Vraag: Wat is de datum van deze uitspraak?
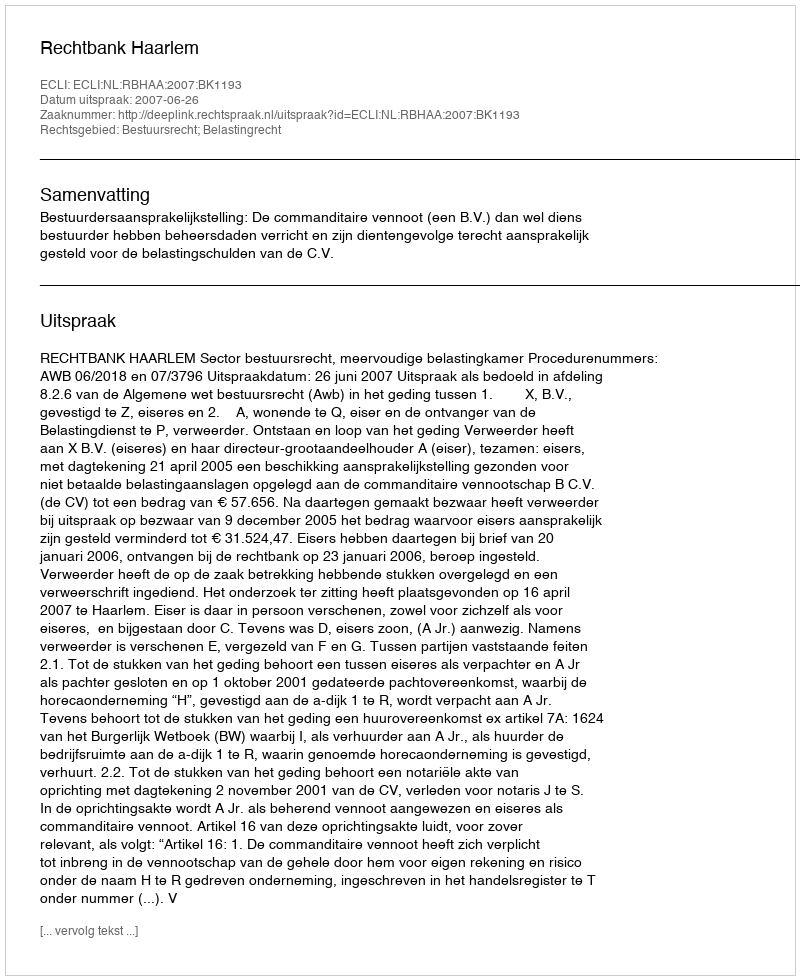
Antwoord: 2007-06-26